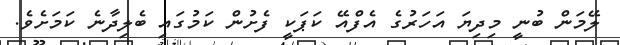
ލޭމަން ބުނީ މިދިޔަ އަހަރުގެ އެފްއޭ ކަޕަކީ ފެށުން ކަމުގައި ބެލިދާނެ ކަމަށެވެ.